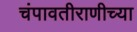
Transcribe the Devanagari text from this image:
चंपावतीराणीच्या